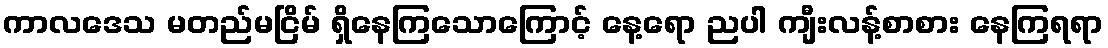
ကာလဒေသ မတည်မငြိမ် ရှိနေကြသောကြောင့် နေ့ရော ညပါ ကျီးလန့်စာစား နေကြရရာ